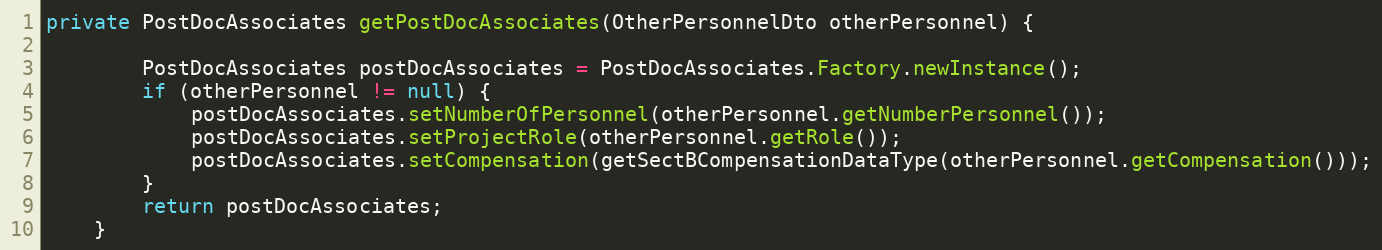
Language: Java
private PostDocAssociates getPostDocAssociates(OtherPersonnelDto otherPersonnel) {

        PostDocAssociates postDocAssociates = PostDocAssociates.Factory.newInstance();
        if (otherPersonnel != null) {
            postDocAssociates.setNumberOfPersonnel(otherPersonnel.getNumberPersonnel());
            postDocAssociates.setProjectRole(otherPersonnel.getRole());
            postDocAssociates.setCompensation(getSectBCompensationDataType(otherPersonnel.getCompensation()));
        }
        return postDocAssociates;
    }